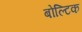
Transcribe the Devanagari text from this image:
बोल्टिक